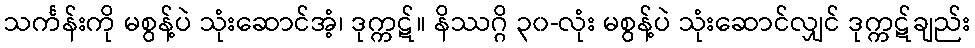
သင်္ကန်းကို မစွန့်ပဲ သုံးဆောင်အံ့၊ ဒုက္ကဋ်။ နိဿဂ္ဂိ ၃၀-လုံး မစွန့်ပဲ သုံးဆောင်လျှင် ဒုက္ကဋ်ချည်း